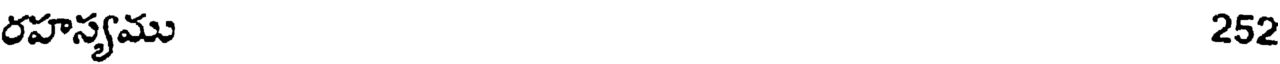
రహస్యము 252